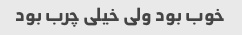
خوب بود ولی خیلی چرب بود